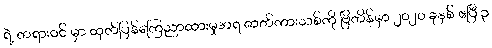
ရဲ့ တရားဝင် မှာ ထုတ်ပြန်ကြေညာထားမှုအရ ဇာတ်ကားသစ်ကို ဗြိတိန်မှာ ၂၀၂၀ ခုနှစ် ဧပြီ ၃